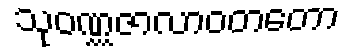
သုဝဏ္ဏဇာလာဝတတော